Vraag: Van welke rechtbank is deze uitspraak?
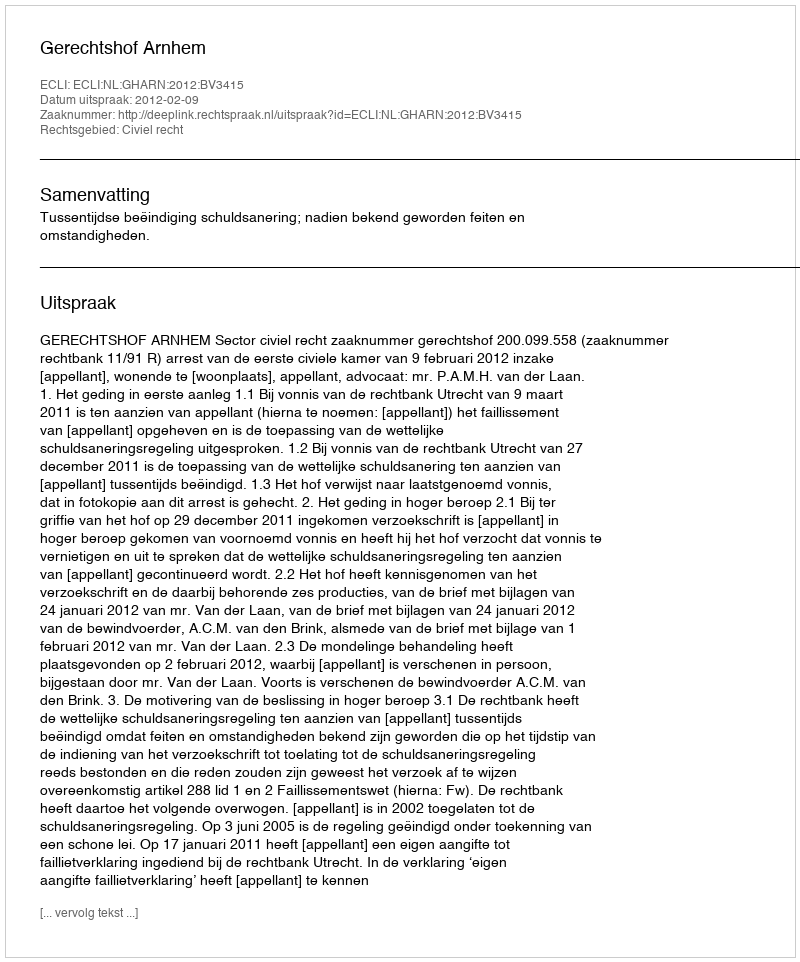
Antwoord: Gerechtshof Arnhem